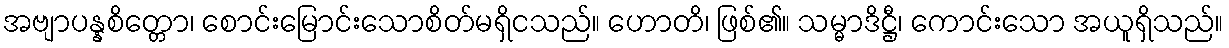
အဗျာပန္နစိတ္တော၊ စောင်းမြောင်းသောစိတ်မရှိငသည်။ ဟောတိ၊ ဖြစ်၏။ သမ္မာဒိဋ္ဌီ၊ ကောင်းသော အယူရှိသည်။